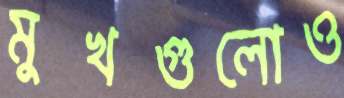
মুখগুলোও